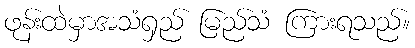
ဖုန်းထဲမှာအသံရှည် မြည်သံ ကြားရသည်။